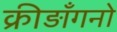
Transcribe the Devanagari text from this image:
क्रीड़ाँगनो